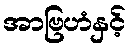
အာဗြဟံနှင့်